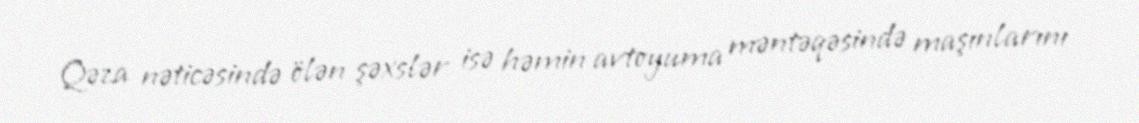
Qəza nəticəsində ölən şəxslər isə həmin avtoyuma məntəqəsində maşınlarını